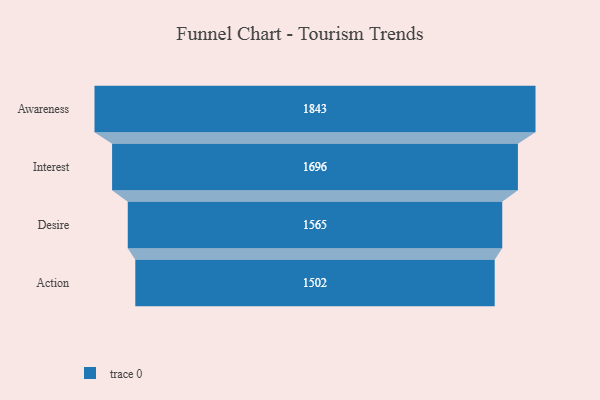
{"axis": {"x": "Stage", "y": "Value"}, "legend": [""], "data": [{"x": "Awareness", "y": 1843.0, "type": ""}, {"x": "Interest", "y": 1696.0, "type": ""}, {"x": "Desire", "y": 1565.0, "type": ""}, {"x": "Action", "y": 1502.0, "type": ""}]}